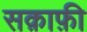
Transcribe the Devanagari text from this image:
सक़ाफ़ी